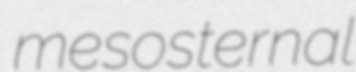
mesosternal